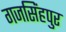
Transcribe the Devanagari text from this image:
गजसिंहपुर